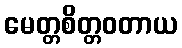
မေတ္တစိတ္တဝတာယ